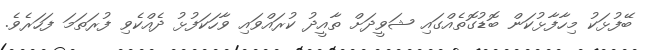
ބޭފުޅަކު މިހާފާޅުކަން ބޮޑުގޮތެއްގައި ޝަވީދަށް ތާއީދު ކުރައްވައި ވާހަކަފުޅު ދެއްކެވި ފުރަތަމަ ފަހަރެވެ.